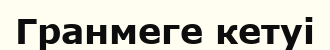
Гранмеге кетуі